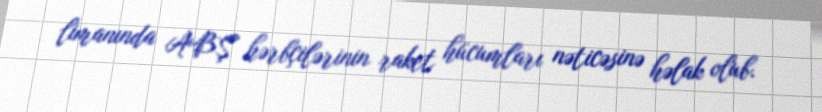
limanında ABŞ hərbçilərinin raket hücumları nəticəsinə həlak olub.